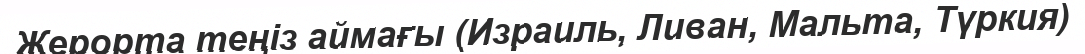
Жерорта теңіз аймағы (Израиль, Ливан, Мальта, Түркия)